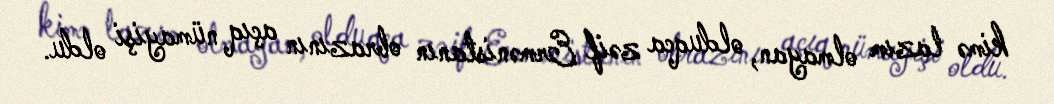
kimə lazım olmayan, olduqca zəif Ermənistanın obrazının açıq nümayişi oldu.